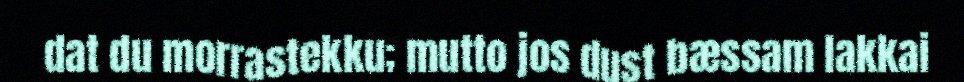
dat du morrastekku; mutto jos dust bæssam lakkai